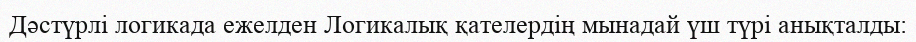
Дәстүрлі логикада ежелден Логикалық қателердің мынадай үш түрі анықталды: